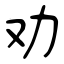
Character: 劝